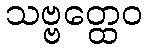
သဗ္ဗတ္ထေဝ